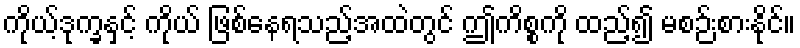
ကိုယ့်ဒုက္ခနှင့် ကိုယ် ဖြစ်နေရသည့်အထဲတွင် ဤကိစ္စကို ထည့်၍ မစဉ်းစားနိုင်။